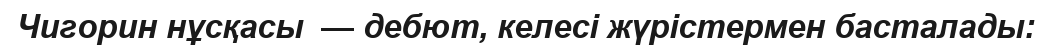
Чигорин нұсқасы  — дебют, келесі жүрістермен басталады: